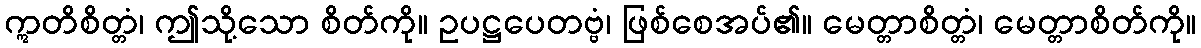
ဣတိစိတ္တံ၊ ဤသို့သော စိတ်ကို။ ဥပဋ္ဌပေတဗ္ဗံ၊ ဖြစ်စေအပ်၏။ မေတ္တာစိတ္တံ၊ မေတ္တာစိတ်ကို။